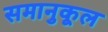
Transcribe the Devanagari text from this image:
समानुकूल